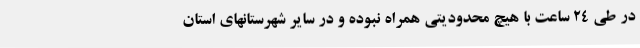
در طی 24 ساعت با هیچ محدودیتی همراه نبوده و در سایر شهرستانهای استان